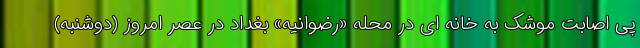
پی اصابت موشک به خانه ای در محله «رضوانیه» بغداد در عصر امروز (دوشنبه)